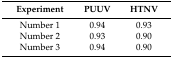
<table><thead><tr><td><b>Experiment</b></td><td><b>PUUV</b></td><td><b>HTNV</b></td></tr></thead><tbody><tr><td>Number 1</td><td>0.94</td><td>0.93</td></tr><tr><td>Number 2</td><td>0.93</td><td>0.90</td></tr><tr><td>Number 3</td><td>0.94</td><td>0.90</td></tr></tbody></table>